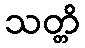
သတ္တိ